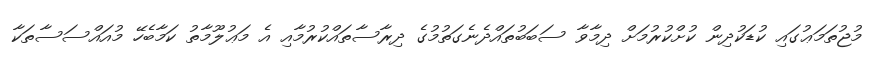
މުޖުތަމަޢުގައި ކުޑަކުދިން ކުށްކުރުމަށް ދިމާވާ ސަބަބުތައްދެނެގަތުމުގެ ދިރާސާތައްކުރުމާއި އެ މަޢުލޫމާތު ކަމާބެހޭ މުއައްސަސާތަކާ